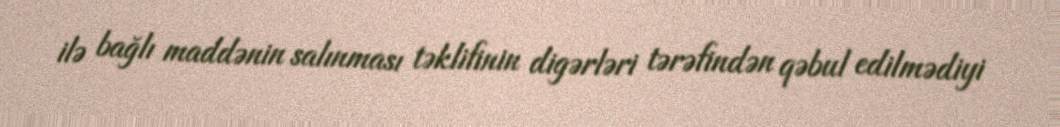
ilə bağlı maddənin salınması təklifinin digərləri tərəfindən qəbul edilmədiyi